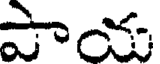
పాయ